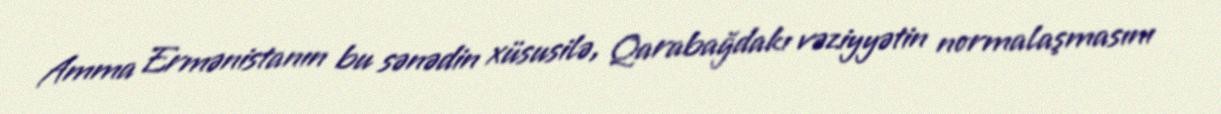
Amma Ermənistanın bu sənədin xüsusilə, Qarabağdakı vəziyyətin normalaşmasını